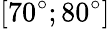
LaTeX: [70^{\circ};80^{\circ}]